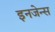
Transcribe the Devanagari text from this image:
इनजेन्स